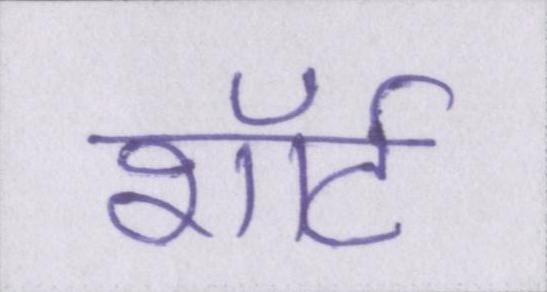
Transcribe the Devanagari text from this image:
शॉर्ट